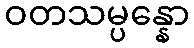
ဝတသမ္ပန္နော